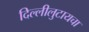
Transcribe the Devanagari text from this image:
दिल्लीलुटायचा